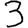
Digit: 3